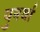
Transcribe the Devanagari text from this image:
पुनर्वा